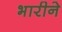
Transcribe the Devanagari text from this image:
भारीने